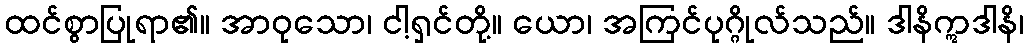
ထင်စွာပြုရာ၏။ အာဝုသော၊ ငါ့ရှင်တို့။ ယော၊ အကြင်ပုဂ္ဂိုလ်သည်။ ဒါနိဣဒါနိ၊